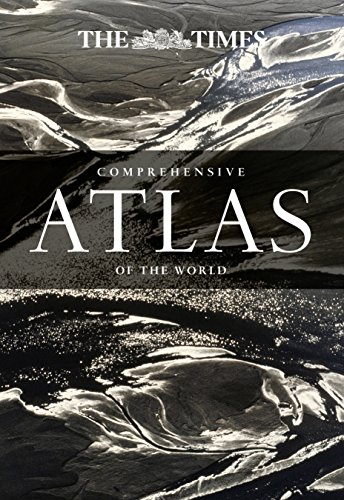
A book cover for The Times Comprehensive Atlas of the World (The Times Atlases); The Times UK; Reference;